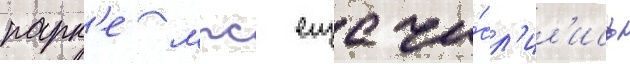
парк'е мпс еще чи́сл'ил'ись